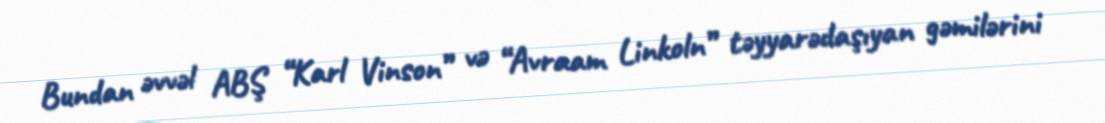
Bundan əvvəl ABŞ “Karl Vinson” və “Avraam Linkoln” təyyarədaşıyan gəmilərini